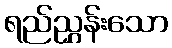
ရည်ညွှန်းသော